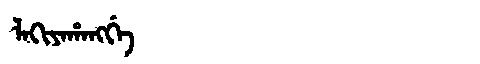
Manchu: ᠯᠠᡴᡳᠶᠠᡥᠠᠩᡤᡝ
Romanization: LAKIYAHANGGE